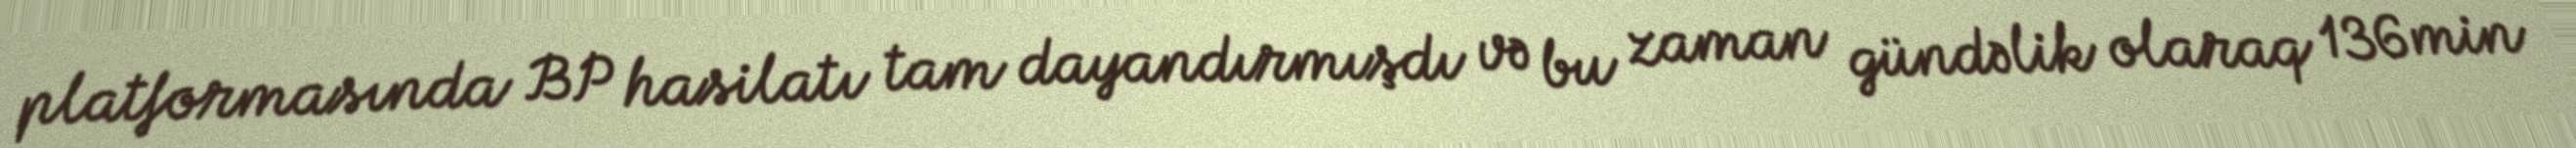
platformasında BP hasilatı tam dayandırmışdı və bu zaman gündəlik olaraq 136 min